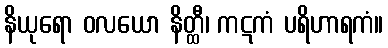
နိယုရော ဝလယော နိတ္ထီ၊ ကဋကံ ပရိဟာရကံ။